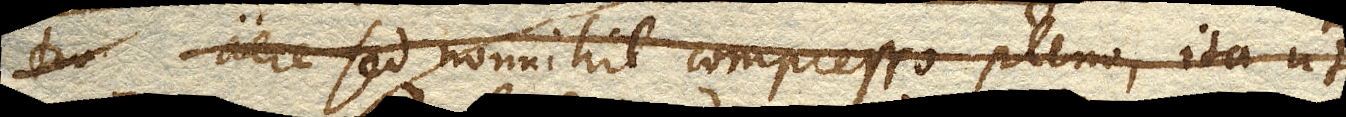
tra aere sed nonnihil compresso pleno, ita ut